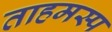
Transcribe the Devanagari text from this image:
ताहमस्प